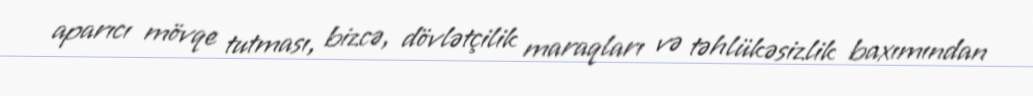
aparıcı mövqe tutması, bizcə, dövlətçilik maraqları və təhlükəsizlik baxımından